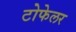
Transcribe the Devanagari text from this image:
टोफेलर